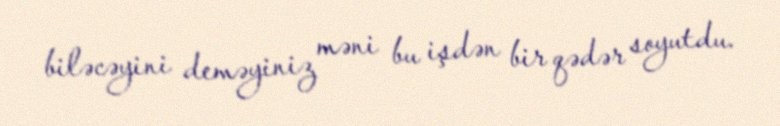
biləcəyini deməyiniz məni bu işdən bir qədər soyutdu.